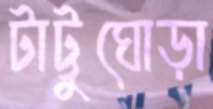
টাট্টুঘোড়া